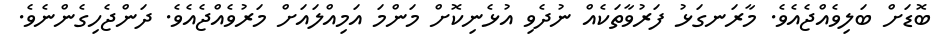
ބޮޑަށް ބަލިވެއްޖެއެވެ. މާރަނގަޅު ފަރުވާތަކެއް ނުދެވި އުޅެނިކޮށް މަންމަ އަމިއްލައަށް މަރުވެއްޖެއެވެ. ދަންޖެހިގެންނެވެ.